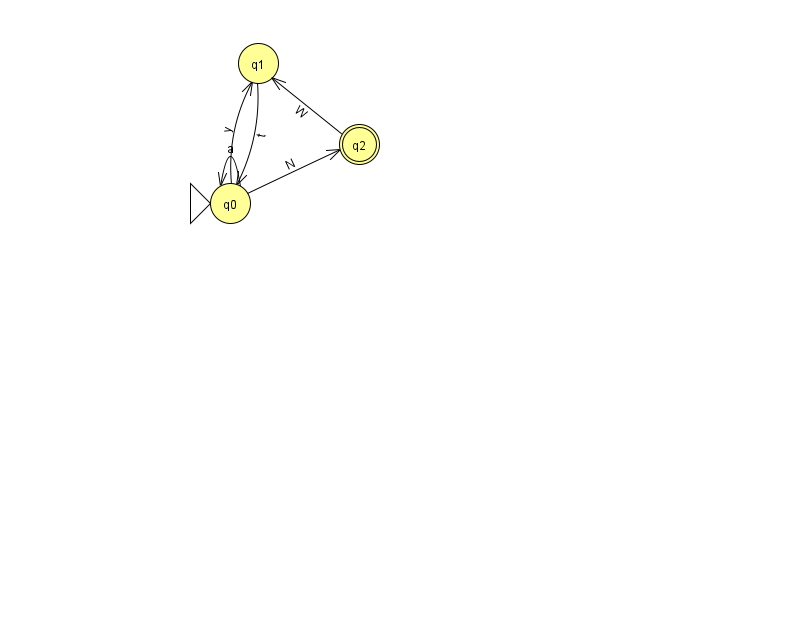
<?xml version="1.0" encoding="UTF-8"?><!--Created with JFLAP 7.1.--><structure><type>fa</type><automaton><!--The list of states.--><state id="0" name="q0"><x>230.0</x><y>190.0</y><initial/></state><state id="1" name="q1"><x>258.0</x><y>50.0</y></state><state id="2" name="q2"><x>359.0</x><y>131.0</y><final/></state><!--The list of transitions.--><transition><from>0</from><to>0</to><read>a</read></transition><transition><from>0</from><to>1</to><read>y</read></transition><transition><from>2</from><to>1</to><read>W</read></transition><transition><from>0</from><to>2</to><read>N</read></transition><transition><from>1</from><to>0</to><read>t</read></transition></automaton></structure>